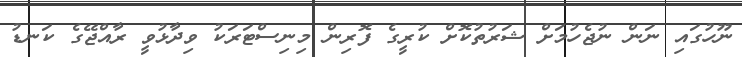
ނޫހުގައި ނަން ނުޖެހުމަށް ޝަރުތުކޮށް ކުރީގެ ފޮރިން މިނިސްޓަރަކު ވިދާޅުވީ ރާއްޖޭގެ ކަނޑު